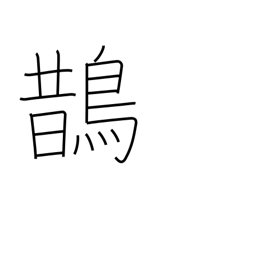
Meaning: magpie